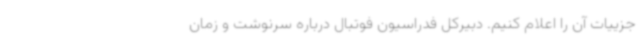
جزییات آن را اعلام کنیم. دبیرکل فدراسیون فوتبال درباره سرنوشت و زمان